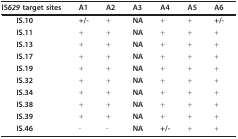
<table><thead><tr><td><b> IS<i>629 </i>target sites</b></td><td><b>A1</b></td><td><b>A2</b></td><td><b>A3</b></td><td><b>A4</b></td><td><b>A5</b></td><td><b>A6</b></td></tr></thead><tbody><tr><td> <b>IS.10</b></td><td><b>+/-</b></td><td>+</td><td><b>NA</b></td><td>+</td><td>+</td><td><b>+/-</b></td></tr><tr><td> <b>IS.11</b></td><td>+</td><td>+</td><td><b>NA</b></td><td>+</td><td>+</td><td>+</td></tr><tr><td> <b>IS.13</b></td><td>+</td><td>+</td><td><b>NA</b></td><td>+</td><td>+</td><td>+</td></tr><tr><td> <b>IS.17</b></td><td>+</td><td>+</td><td><b>NA</b></td><td>+</td><td>+</td><td>+</td></tr><tr><td> <b>IS.19</b></td><td>+</td><td>+</td><td><b>NA</b></td><td>+</td><td>+</td><td>+</td></tr><tr><td> <b>IS.32</b></td><td>+</td><td>+</td><td><b>NA</b></td><td>+</td><td>+</td><td>+</td></tr><tr><td> <b>IS.34</b></td><td>+</td><td>+</td><td><b>NA</b></td><td>+</td><td>+</td><td>+</td></tr><tr><td> <b>IS.38</b></td><td>+</td><td>+</td><td><b>NA</b></td><td>+</td><td>+</td><td>+</td></tr><tr><td> <b>IS.39</b></td><td>+</td><td>+</td><td><b>NA</b></td><td>+</td><td>+</td><td>+</td></tr><tr><td> <b>IS.46</b></td><td>-</td><td>-</td><td><b>NA</b></td><td><b>+/-</b></td><td>+</td><td>+</td></tr></tbody></table>